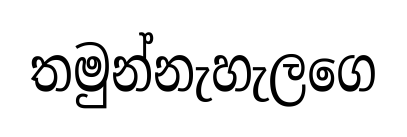
තමුන්නැහැලගෙ